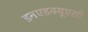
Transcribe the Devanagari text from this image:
इनएडक्यूएसी